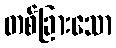
တစ်ခြားသော